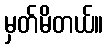
မှတ်မိတယ်။